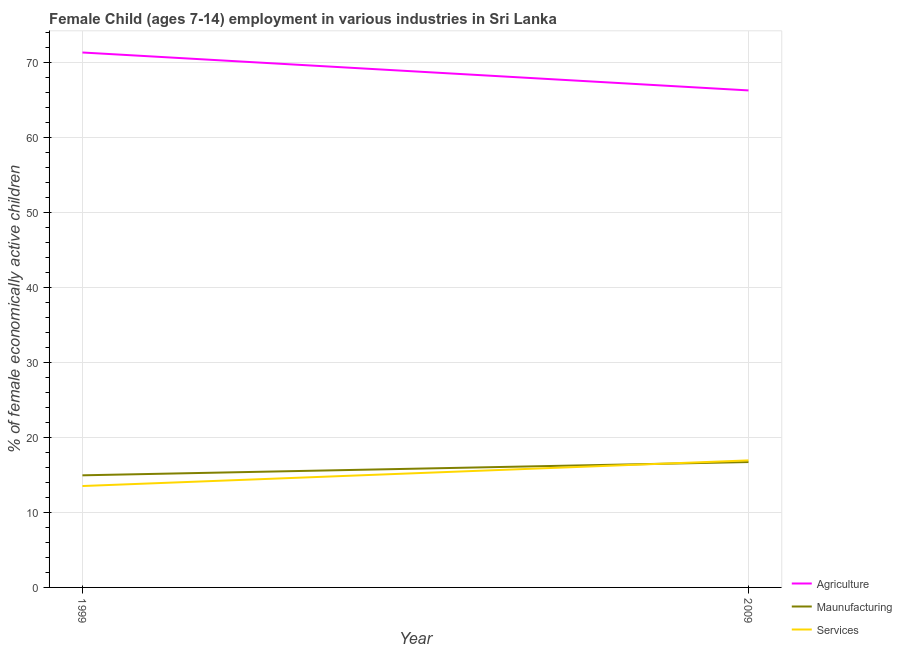
| Year | Agriculture | Maunufacturing | Services |
 | --- | --- | --- | --- |
 | 1999 | 71.4 | 15 | 13.5 |
 | 2009 | 66.3 | 16.7 | 16.9 |